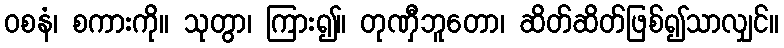
ဝစနံ၊ စကားကို။ သုတွာ၊ ကြား၍။ တုဏှီဘူတော၊ ဆိတ်ဆိတ်ဖြစ်၍သာလျှင်။